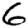
Digit: 6